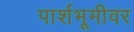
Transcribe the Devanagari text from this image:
पार्शभूमीवर